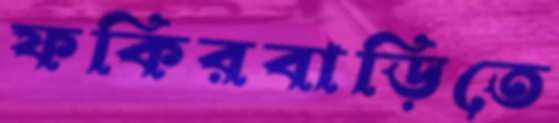
ফকিরবাড়িতে